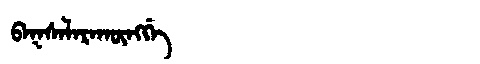
Manchu: ᠪᠠᡴᠰᠠᠯᠠᡵᠠᡴᡡᠩᡤᡝ
Romanization: BAKSALARAKŪNGGE